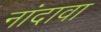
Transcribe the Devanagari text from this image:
नांदावा